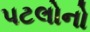
પટલોનો